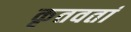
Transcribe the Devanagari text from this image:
कृतवतां